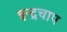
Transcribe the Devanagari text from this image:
इन्द्रचाप